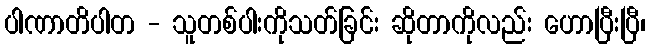
ပါဏာတိပါတ - သူတစ်ပါးကိုသတ်ခြင်း ဆိုတာကိုလည်း ဟောပြီးပြီ၊